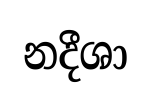
නදීශා